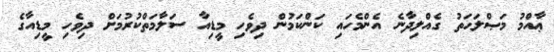
ޢާއްމު މަޞްލަޙަތު ގެއްލިދާނެ އެންމެހައި ކަންކަމުން ދިވެހި މީޑިއާ ސަލާމަތްކުރުމަށް ދިވެހި މީޑިއާގެ